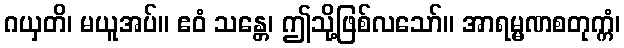
ဂယှတိ၊ မယူအပ်။ ဧဝံ သန္တေ၊ ဤသို့ဖြစ်လသော်။ အာရမ္မဏစတုက္ကံ၊